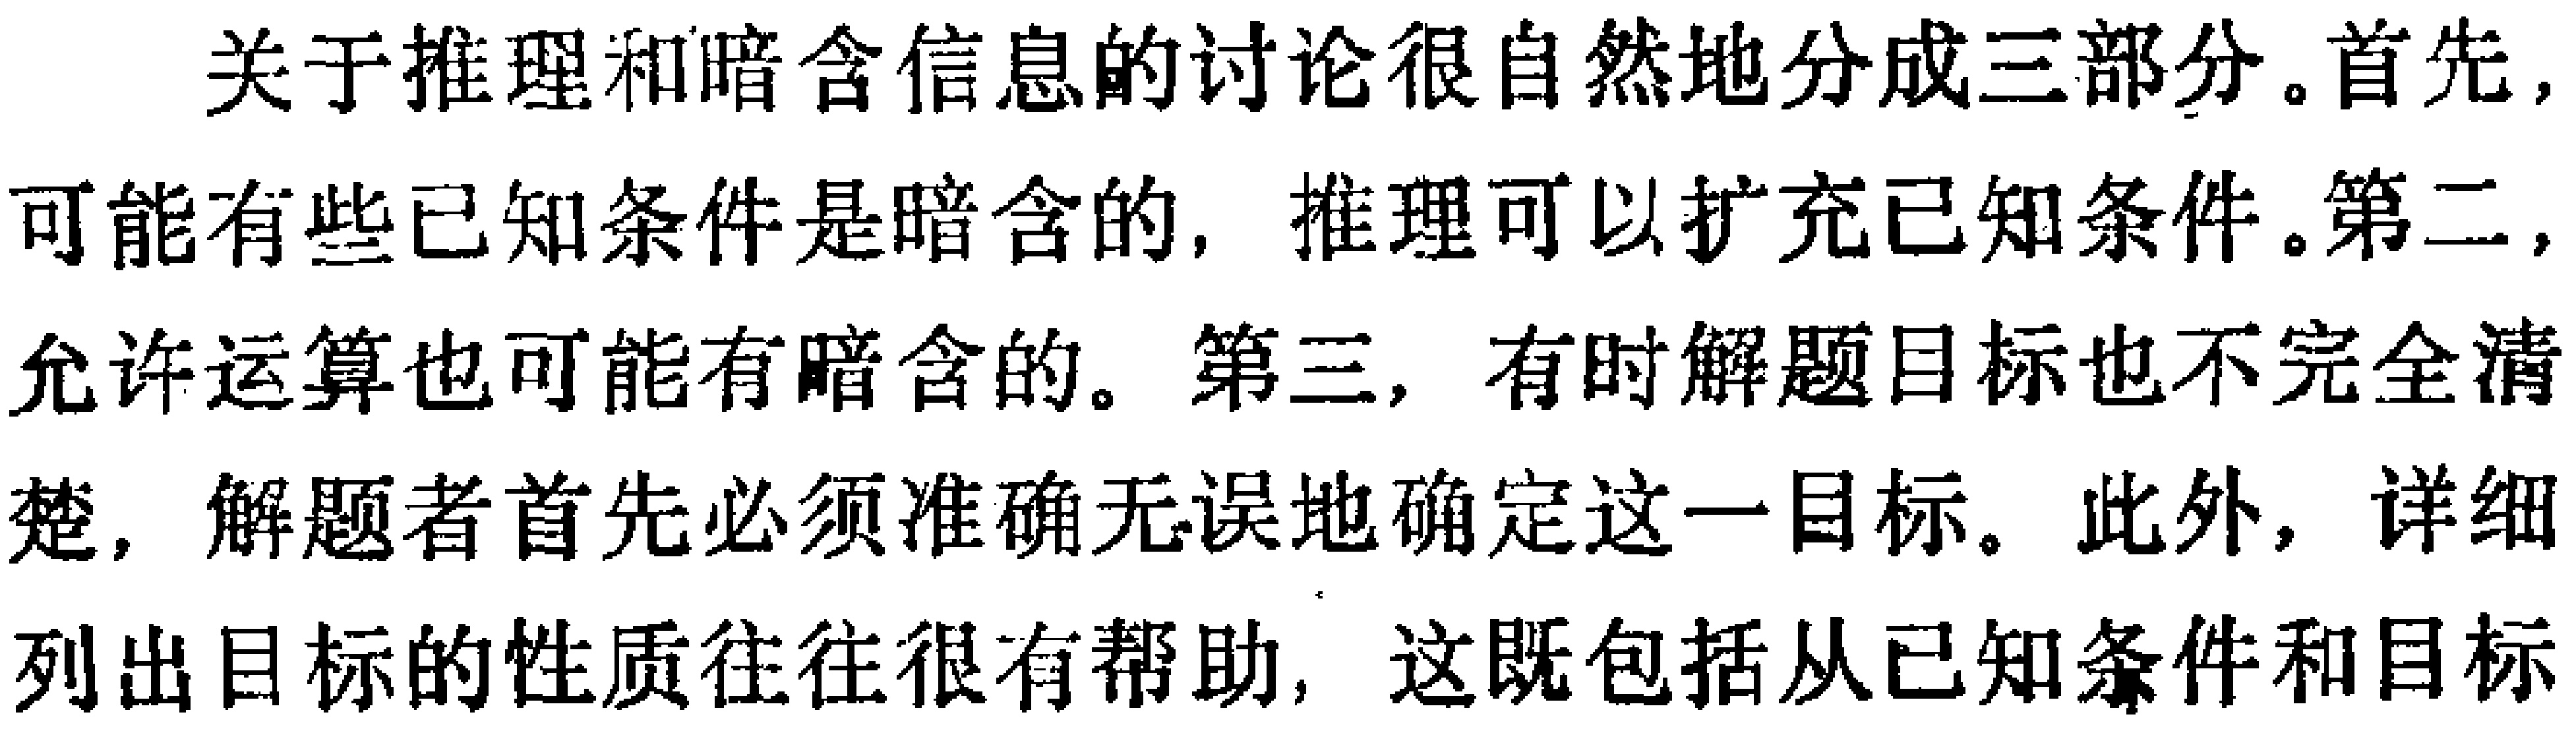
关于推理和暗含信息的讨论很自然地分成三部分。首先，可能有些已知条件是暗含的，推理可以扩充已知条件。第二，允许运算也可能有暗含的。第三，有时解题目标也不完全清楚，解题者首先必须准确无误地确定这一目标。此外，详细列出目标的性质往往很有帮助，这既包括从已知条件和目标